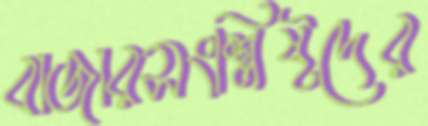
বাজারসংশ্লিষ্টদের